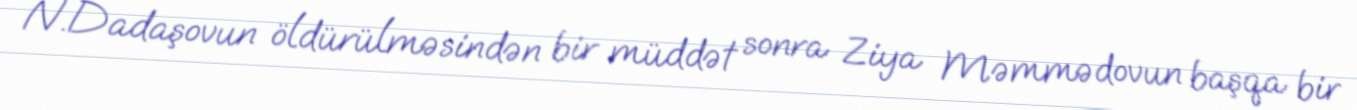
N.Dadaşovun öldürülməsindən bir müddət sonra Ziya Məmmədovun başqa bir